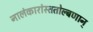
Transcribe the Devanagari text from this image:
नालंकारांस्ततोल्बणान्